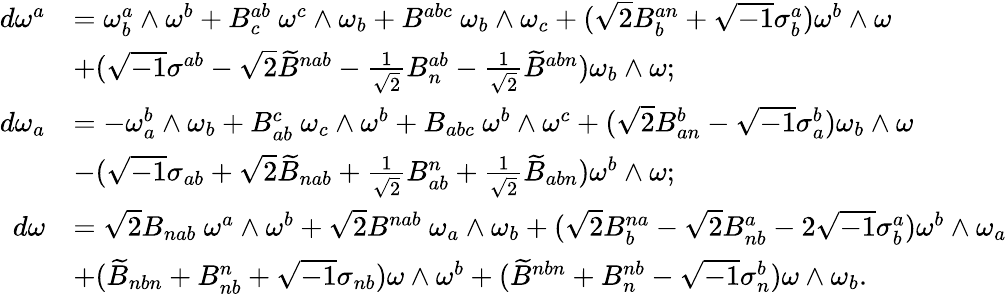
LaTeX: \begin{array}{rl}{d\omega^{a}}&{=\omega_{b}^{a}\wedge\omega^{b}+B_{c}^{ab}\ \omega^{c}\wedge\omega_{b}+B^{abc}\ \omega_{b}\wedge\omega_{c}+(\sqrt{2}B_{b}^{an}+\sqrt{-1}\sigma_{b}^{a})\omega^{b}\wedge\omega}\\ &{+(\sqrt{-1}\sigma^{ab}-\sqrt{2}\widetilde{B}^{nab}-\frac{1}{\sqrt{2}}B_{n}^{ab}-\frac{1}{\sqrt{2}}\widetilde{B}^{abn})\omega_{b}\wedge\omega;}\\ {d\omega_{a}}&{=-\omega_{a}^{b}\wedge\omega_{b}+B_{ab}^{c}\ \omega_{c}\wedge\omega^{b}+B_{abc}\ \omega^{b}\wedge\omega^{c}+(\sqrt{2}B_{an}^{b}-\sqrt{-1}\sigma_{a}^{b})\omega_{b}\wedge\omega}\\ &{-(\sqrt{-1}\sigma_{ab}+\sqrt{2}\widetilde{B}_{nab}+\frac{1}{\sqrt{2}}B_{ab}^{n}+\frac{1}{\sqrt{2}}\widetilde{B}_{abn})\omega^{b}\wedge\omega;}\\ {d\omega}&{=\sqrt{2}B_{nab}\ \omega^{a}\wedge\omega^{b}+\sqrt{2}B^{nab}\ \omega_{a}\wedge\omega_{b}+(\sqrt{2}B_{b}^{na}-\sqrt{2}B_{nb}^{a}-2\sqrt{-1}\sigma_{b}^{a})\omega^{b}\wedge\omega_{a}}\\ &{+(\widetilde{B}_{nbn}+B_{nb}^{n}+\sqrt{-1}\sigma_{nb})\omega\wedge\omega^{b}+(\widetilde{B}^{nbn}+B_{n}^{nb}-\sqrt{-1}\sigma_{n}^{b})\omega\wedge\omega_{b}.}\end{array}